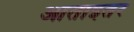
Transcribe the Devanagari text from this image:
आताइतर